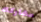
مشاركته